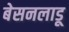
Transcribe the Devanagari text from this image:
बेसनलाडू